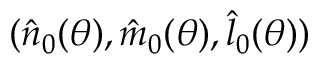
( \hat { n } _ { 0 } ( \theta ) , \hat { m } _ { 0 } ( \theta ) , \hat { l } _ { 0 } ( \theta ) )